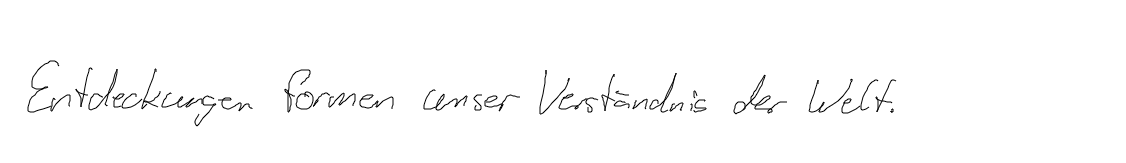
Entdeckungen formen unser Verständnis der Welt.